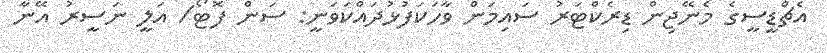
އެޗްޑީސީގެ މެނޭޖިން ޑިރެކްޓަރު ސައިމަން ވާހަކަފުޅުދައްކަވަނީ: ސަން ފޮޓޯ/ އަލީ ނަސީރު އޭނާ